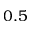
0 . 5